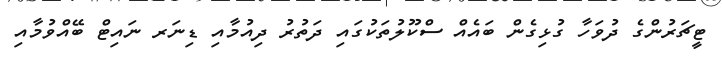
ޓީޗަރުންގެ ދުވަހާ ގުޅިގެން ބައެއް ސްކޫލުތަކުގައި ދަތުރު ދިއުމާއި ޑިނަރ ނައިޓް ބޭއްވުމާއި